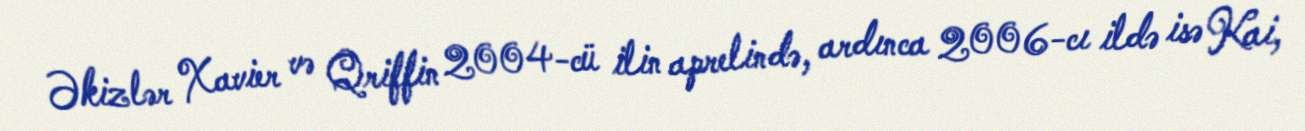
Əkizlər Xavier və Qriffin 2004-cü ilin aprelində, ardınca 2006-cı ildə isə Kai,